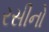
રસીનો